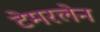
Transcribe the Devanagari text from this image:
टेमरलेन